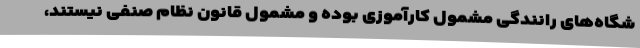
شگاه‌های رانندگی مشمول کارآموزی بوده و مشمول قانون نظام صنفی نیستند،